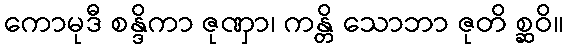
ကောမုဒီ စန္ဒိကာ ဇုဏှာ၊ ကန္တိ သောဘာ ဇုတိ စ္ဆဝိ။